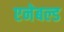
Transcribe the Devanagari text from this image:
एनेबल्ड